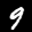
Label: 9